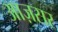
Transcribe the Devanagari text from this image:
आज़सर